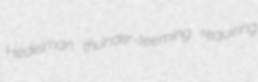
Hedelman thunder-teeming requiring